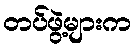
တပ်ဖွဲ့များက